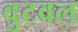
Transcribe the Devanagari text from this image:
वुटवल